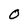
Character: O